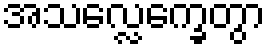
အသလ္လေက္ခေတွာ